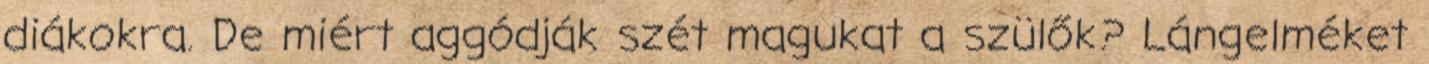
diákokra. De miért aggódják szét magukat a szülők? Lángelméket